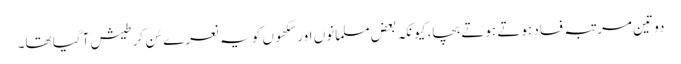
دو تین مرتبہ فساد ہوتے ہوتے بچا، کیونکہ بعض مسلمانوں اور سِکھوں کو یہ نعرے سُن کر طیش آگیا تھا۔